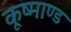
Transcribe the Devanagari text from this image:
कूष्माण्ड